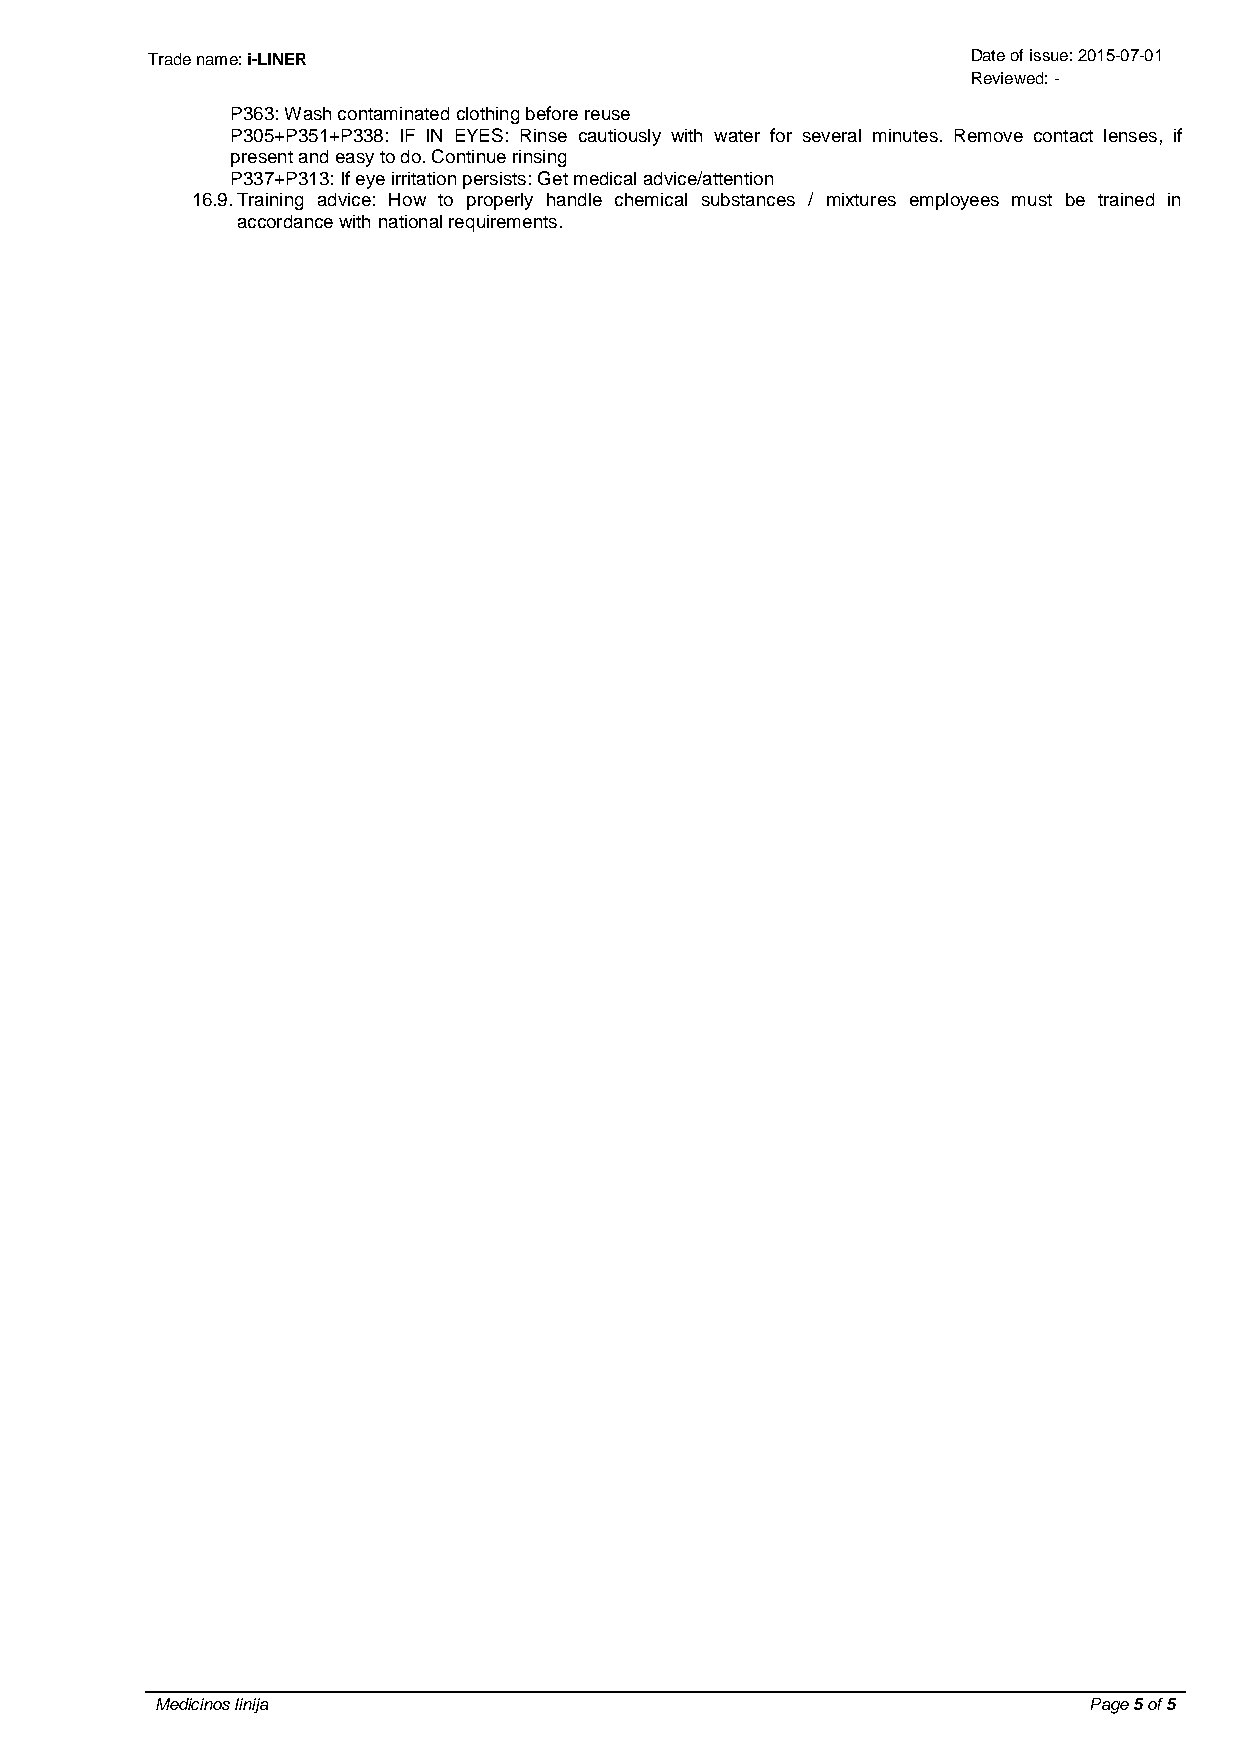
Trade name: i-LINER                                   Date of issue: 2015-07-01
 Reviewed: -
 P363: Wash contaminated clothing before reuse
 P305+P351+P338: IF IN EYES: Rinse cautiously with water for several minutes. Remove contact lenses, if
 present and easy to do. Continue rinsing
 P337+P313: If eye irritation persists: Get medical advice/attention
 16.9. Training advice: How to properly handle chemical substances / mixtures employees must be trained in
 accordance with national requirements.
 Medicinos linija                                              Page 5 of 5